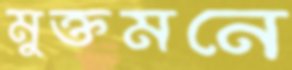
মুক্তমনে